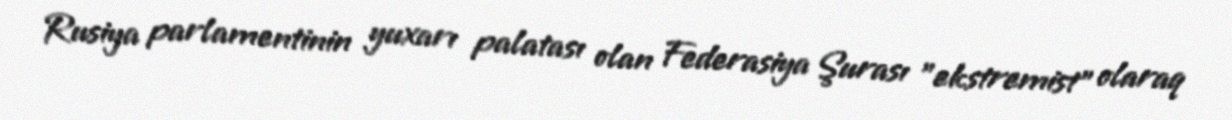
Rusiya parlamentinin yuxarı palatası olan Federasiya Şurası "ekstremist" olaraq